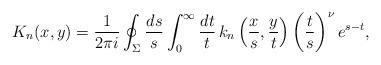
LaTeX: \begin{align*} K_n(x, y) = \frac{1}{2\pi i} \oint_\Sigma\frac{ds}{s} \int_{0}^{\infty}\frac{dt}{t} \, k_n\left(\frac{x}{s},\frac{y}{t}\right)\left(\frac{t}{s}\right)^\nu e^{s-t}, \end{align*}